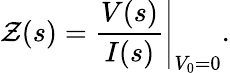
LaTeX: \mathcal{Z}(s)=\left.{\frac{{V(s)}}{{I(s)}}}\right|_{V_{0}=0}.